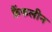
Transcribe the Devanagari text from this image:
फ्रैंकलीन